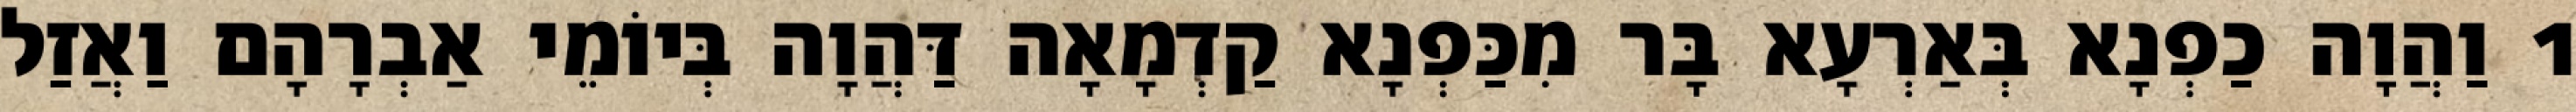
1 וַהֲוָה כַפְנָא בְּאַרְעָא בָּר מִכַּפְנָא קַדְמָאָה דַּהֲוָה בְּיוֹמֵי אַבְרָהָם וַאֲזַל